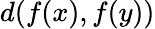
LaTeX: d(f(x),f(y))